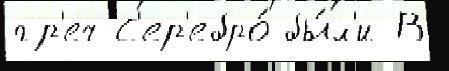
гр'еч С'ер'ебро́ бы́л'и В